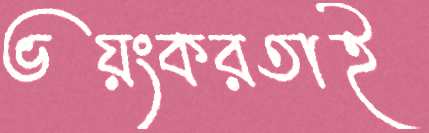
ভয়ংকরতাই